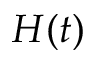
H ( t )